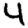
Digit: 4